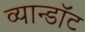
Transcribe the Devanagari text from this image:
व्यान्डॉट